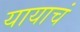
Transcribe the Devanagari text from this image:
यायाचं